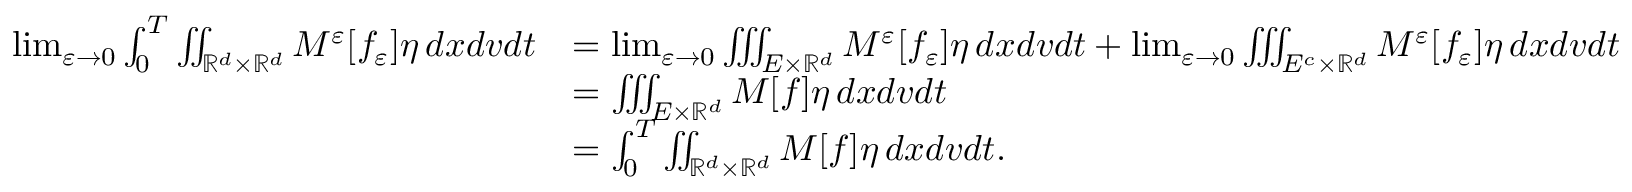
\begin{array} { r l } { \operatorname* { l i m } _ { \varepsilon \to 0 } \int _ { 0 } ^ { T } \iint _ { \mathbb R ^ { d } \times \mathbb R ^ { d } } M ^ { \varepsilon } [ f _ { \varepsilon } ] \eta \, d x d v d t } & { = \operatorname* { l i m } _ { \varepsilon \to 0 } \iiint _ { E \times \mathbb R ^ { d } } M ^ { \varepsilon } [ f _ { \varepsilon } ] \eta \, d x d v d t + \operatorname* { l i m } _ { \varepsilon \to 0 } \iiint _ { E ^ { c } \times \mathbb R ^ { d } } M ^ { \varepsilon } [ f _ { \varepsilon } ] \eta \, d x d v d t } \\ & { = \iiint _ { E \times \mathbb R ^ { d } } M [ f ] \eta \, d x d v d t } \\ & { = \int _ { 0 } ^ { T } \iint _ { \mathbb R ^ { d } \times \mathbb R ^ { d } } M [ f ] \eta \, d x d v d t . } \end{array}